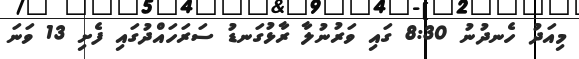
މިއަދު ހެނދުނު 8:30 ގައި ވަރުނުލާ ރާޅުގަނޑު ސަރަހައްދުގައި ފެށި 13 ވަނަ